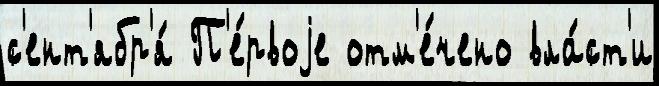
с'ент'ябр'я́ П'е́рвоjе отм'е́чено вла́ст'и